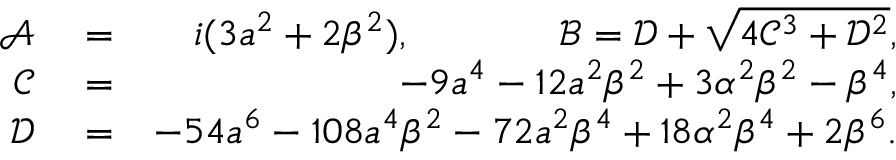
\begin{array} { r l r } { \mathcal { A } } & { { } = } & { i ( 3 a ^ { 2 } + 2 \beta ^ { 2 } ) , ~ ~ ~ ~ ~ ~ ~ ~ ~ ~ ~ \mathcal { B } = \mathcal { D } + \sqrt { 4 \mathcal { C } ^ { 3 } + \mathcal { D } ^ { 2 } } , } \\ { \mathcal { C } } & { { } = } & { - 9 a ^ { 4 } - 1 2 a ^ { 2 } \beta ^ { 2 } + 3 \alpha ^ { 2 } \beta ^ { 2 } - \beta ^ { 4 } , } \\ { \mathcal { D } } & { { } = } & { - 5 4 a ^ { 6 } - 1 0 8 a ^ { 4 } \beta ^ { 2 } - 7 2 a ^ { 2 } \beta ^ { 4 } + 1 8 \alpha ^ { 2 } \beta ^ { 4 } + 2 \beta ^ { 6 } . } \end{array}